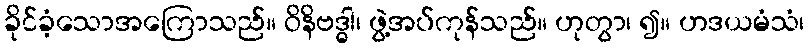
ခိုင်ခံ့သောအကြောသည်။ ဝိနိဗဒ္ဓါ၊ ဖွဲ့အပ်ကုန်သည်။ ဟုတွာ၊ ၍။ ဟဒယမံသံ၊